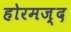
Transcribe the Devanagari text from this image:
होरमज़्द